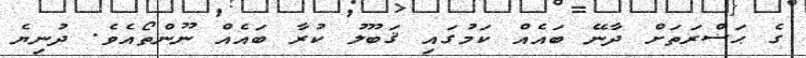
ގެ ޙަޟްރަތަށް ދާނޭ ބައެއް ކަމުގައި ޤަބޫލު ކުރާ ބައެއް ނޫންތޯއެވެ. ދުނިޔެ